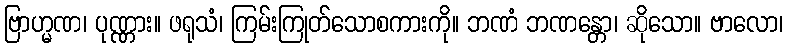
ဗြာဟ္မဏ၊ ပုဏ္ဏား။ ဖရုသံ၊ ကြမ်းကြုတ်သောစကားကို။ ဘဏံ ဘဏန္တော၊ ဆိုသော။ ဗာလော၊